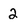
Character: 2